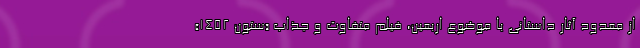
از معدود آثار داستانی با موضوع اربعین، فیلم متفاوت و جذاب «ستون 1452»